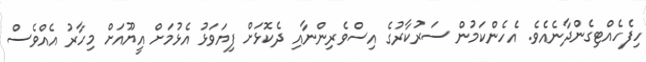
ހިފެހެއްޓިގެންދާނެއެވެ. އެހެންކަމުން ސަރުކާރުގެ އިސްވެރިންނާއި ދެކޮޅަށް ފިޔަވަޅު އެޅުމަށް އީޔޫއަށް މިހާރު އެއްވެސް